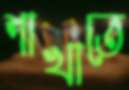
শাখাতে